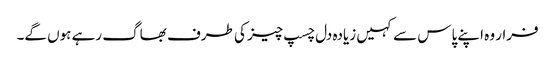
فرار وہ اپنے پاس سے کہیں زیادہ دل چسپ چیز کی طرف بھاگ رہے ہوں گے۔